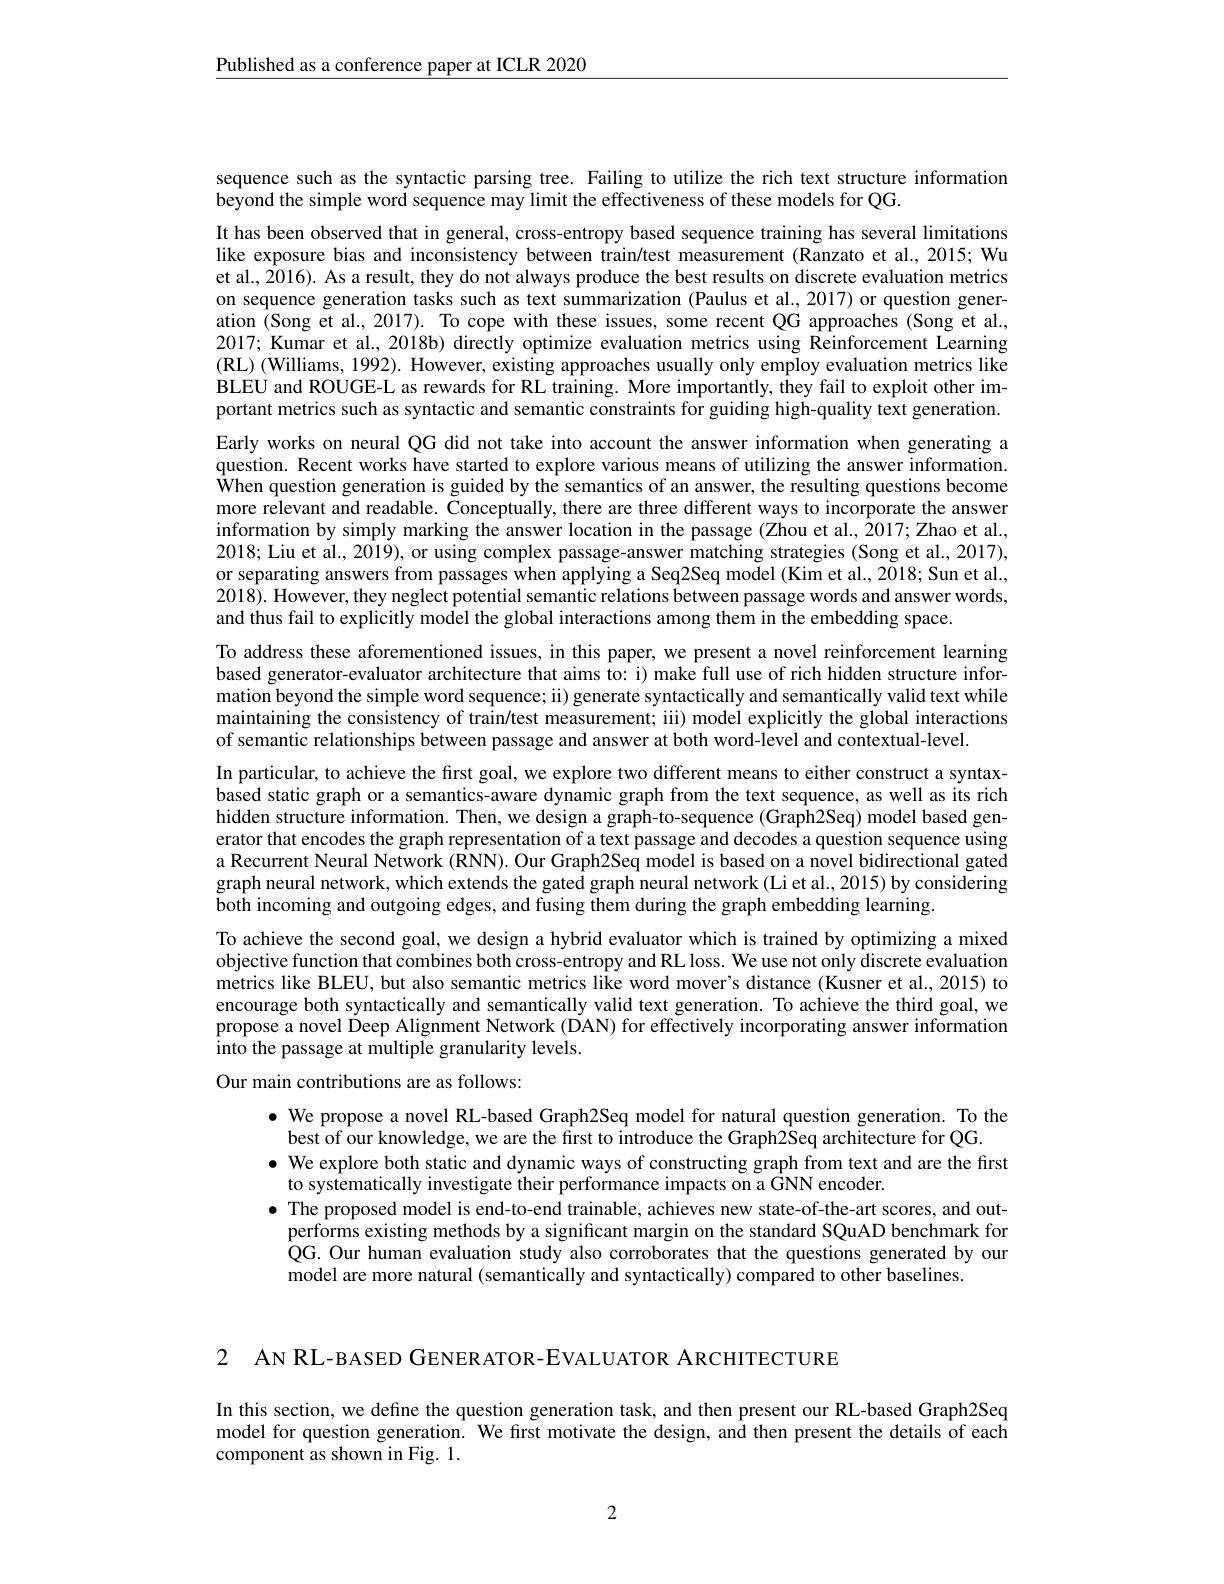
$\underline{\text{Published as a conference paper at ICLR 2020}}$

sequence such as the syntactic parsing tree. Failing to utilize the rich text structure information
beyond the simple word sequence may limit the effectiveness of these models for QG.

It has been observed that in general, cross-entropy based sequence training has several limitations like exposure bias and inconsistency between train/test measurement (Ranzato et al., 2015; Wu et al., 2016). As a result, they do not always produce the best results on discrete evaluation metrics on sequence generation tasks such as text summarization (Paulus et al., 2017) or question generation (Song et al., 2017). To cope with these issues, some recent QG approaches (Song et al., 2017; Kumar et al., 2018b) directly optimize evaluation metrics using Reinforcement Learning (RL) (Williams, 1992). However, existing approaches usually only employ evaluation metrics like BLEU and ROUGE-L as rewards for RL training. More importantly, they fail to exploit other important metrics such as syntactic and semantic constraints for guiding high-quality text generation. Early works on neural QG did not take into account the answer information when generating a question. Recent works have started to explore various means of utilizing the answer information. $\hat{\text{When question generation is guided by the semantics of an answer, the resulting questions become}}$ more relevant and readable. Conceptually, there are three different ways to incorporate the answer information by simply marking the answer location in the passage (Zhou et al., 2017; Zhao et al., 2018; Liu et al., 2019), or using complex passage-answer matching strategies (Song et al., 2017), or separating answers from passages when applying a Seq2Seq model (Kim et al., 2018; Sun et al., 2018). However, they neglect potential semantic relations between passage words and answer words, and thus fail to explicitly model the global interactions among them in the embedding space.
To address these aforementioned issues, in this paper, we present a novel reinforcement learning based generator-evaluator architecture that aims to: i) make full use of rich hidden structure information beyond the simple word sequence; ii) generate syntactically and semantically valid text while maintaining the consistency of train/test measurement; ili) model explicitly the global interactions of semantic relationships between passage and answer at both word-level and contextual-level.
In particular, to achieve the first goal, we explore two different means to either construct a syntaxbased static graph or a semantics-aware dynamic graph from the text sequence, as well as its rich hidden structure information. Then, we design a graph-to-sequence (Graph2Seq) model based generator that encodes the graph representation of a text passage and decodes a question sequence using a Recurrent Neural Network (RNN). Our Graph2Seq model is based on a novel bidirectional gated graph neural network, which extends the gated graph neural network (Li et al., 2015) by considering both incoming and outgoing edges, and fusing them during the graph embedding learning.
To achieve the second goal, we design a hybrid evaluator which is trained by optimizing a mixed objective function that combines both cross-entropy and RL loss. We use not only discrete evaluation metrics like BLEU, but also semantic metrics like word mover's distance (Kusner et al., 2015) to encourage both syntactically and semantically valid text generation. To achieve the third goal, we propose a novel Deep Alignment Network (DAN) for effectively incorporating answer information into the passage at multiple granularity levels.
Our main contributions are as follows:

$\bullet$ We propose a novel RL-based Graph2Seq model for natural question generation. To the
best of our knowledge, we are the first to introduce the Graph2Seq architecture for QG.
$\bullet$ We explore both static and dynamic ways of constructing graph from text and are the first
to systematically investigate their performance impacts on a GNN encoder.
$\bullet$ The proposed model is end-to-end trainable, achieves new state-of-the-art scores, and out-
performs existing methods by a significant margin on the standard SQuAD benchmark for QG. Our human evaluation study also corroborates that the questions generated by our model are more natural (semantically and syntactically) compared to other baselines.

2 AN RL-BASED GENERATOR-EVALUATOR ARCHITECTURE

In this section, we define the question generation task, and then present our RL-based Graph2Seq model for question generation. We first motivate the design, and then present the details of each component as shown in Fig. 1.

2